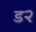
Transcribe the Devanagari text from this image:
ड२